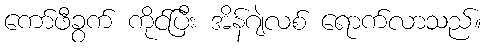
ကော်ဖီခွက် ကိုင်ပြီး အိန်ဂျဲလစ် ရောက်လာသည်။